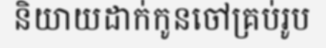
និយាយដាក់កូនចៅគ្រប់រូប